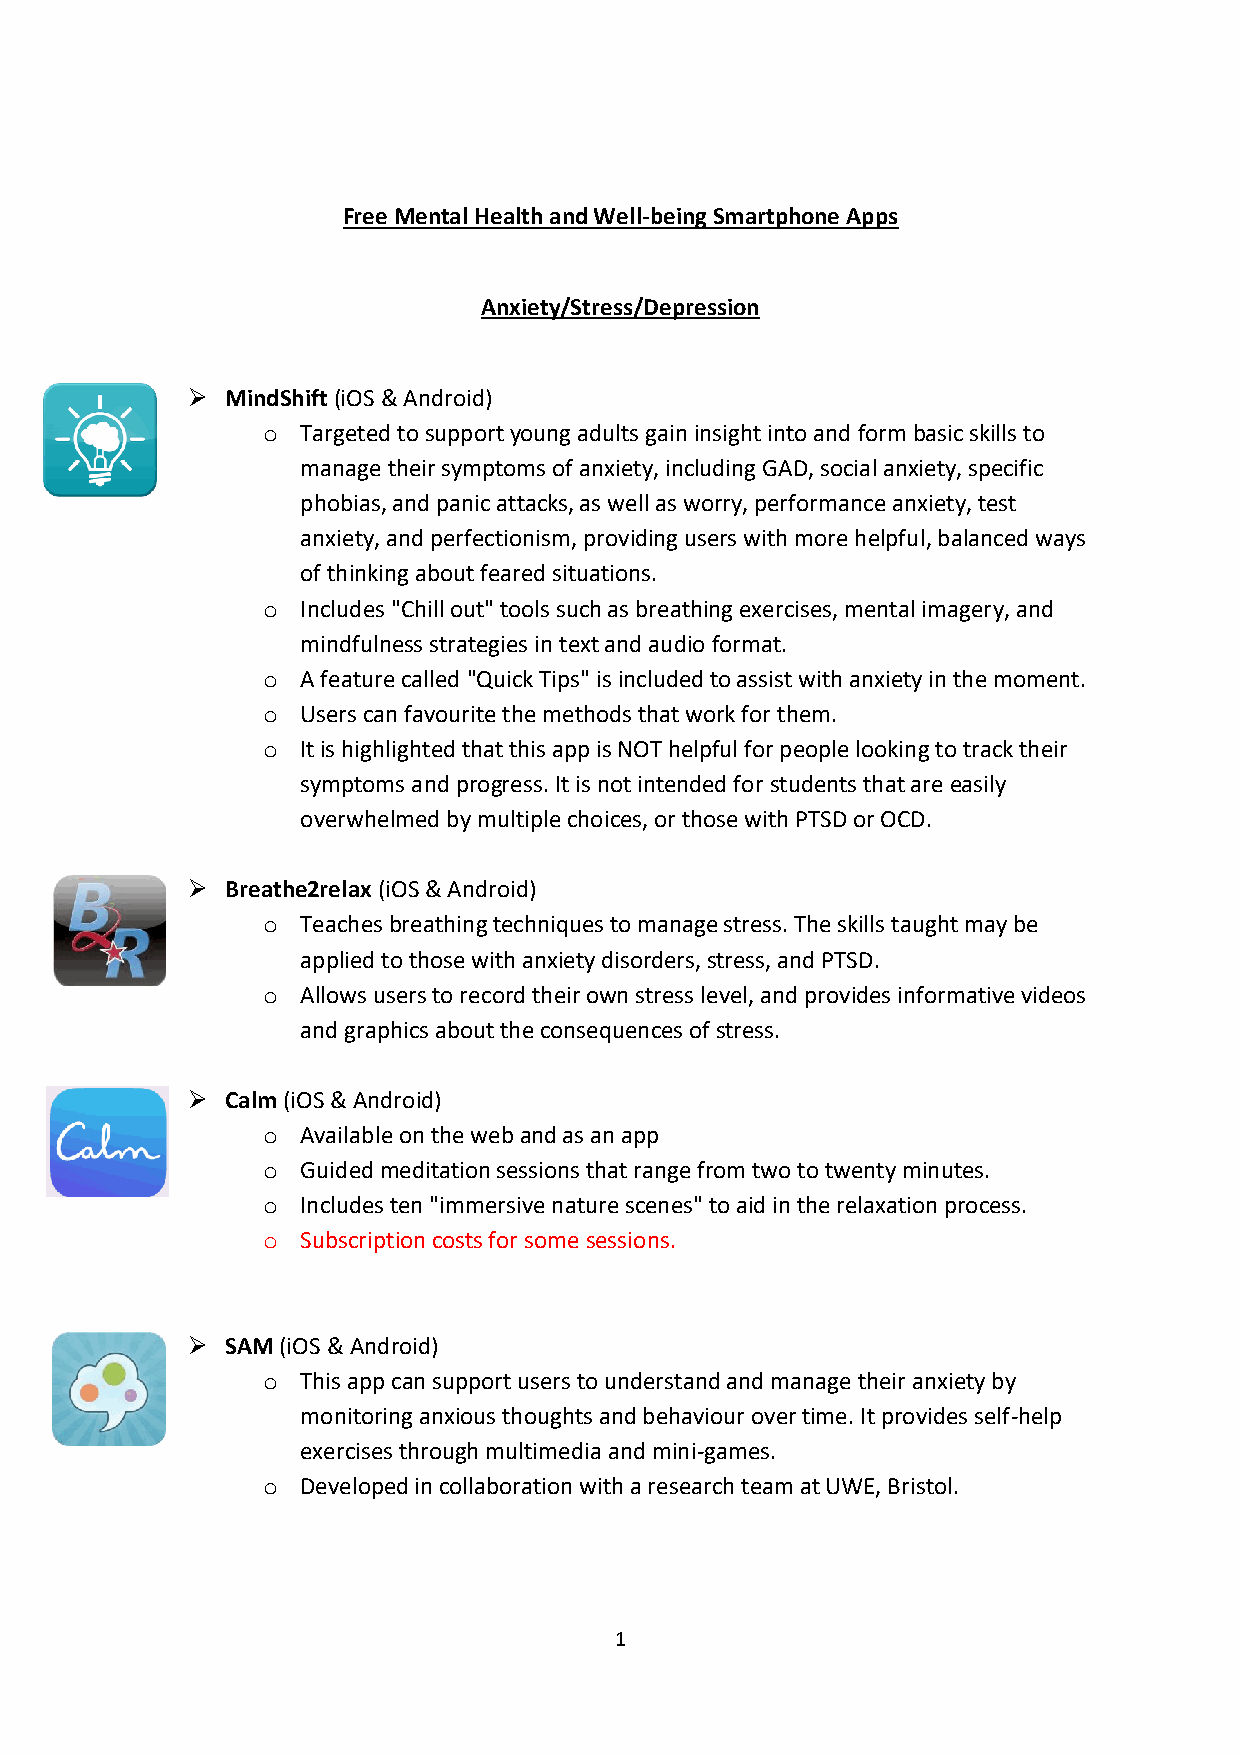
Free Mental Health and Well-being Smartphone Apps
 Anxiety/Stress/Depression
 ➢  MindShift (iOS & Android)
 o  Targeted to support young adults gain insight into and form basic skills to
 manage their symptoms of anxiety, including GAD, social anxiety, specific
 phobias, and panic attacks, as well as worry, performance anxiety, test
 anxiety, and perfectionism, providing users with more helpful, balanced ways
 of thinking about feared situations.
 o  Includes "Chill out" tools such as breathing exercises, mental imagery, and
 mindfulness strategies in text and audio format.
 o  A feature called "Quick Tips" is included to assist with anxiety in the moment.
 o  Users can favourite the methods that work for them.
 o  It is highlighted that this app is NOT helpful for people looking to track their
 symptoms and progress. It is not intended for students that are easily
 overwhelmed by multiple choices, or those with PTSD or OCD.
 ➢  Breathe2relax (iOS & Android)
 o  Teaches breathing techniques to manage stress. The skills taught may be
 applied to those with anxiety disorders, stress, and PTSD.
 o  Allows users to record their own stress level, and provides informative videos
 and graphics about the consequences of stress.
 ➢  Calm (iOS & Android)
 o  Available on the web and as an app
 o  Guided meditation sessions that range from two to twenty minutes.
 o  Includes ten "immersive nature scenes" to aid in the relaxation process.
 o  Subscription costs for some sessions.
 ➢  SAM (iOS & Android)
 o  This app can support users to understand and manage their anxiety by
 monitoring anxious thoughts and behaviour over time. It provides self-help
 exercises through multimedia and mini-games.
 o  Developed in collaboration with a research team at UWE, Bristol.
 1